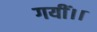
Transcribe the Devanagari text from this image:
गयीं।।